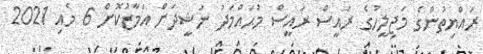
ރައްޔިތުންގެ މަޖިލީހުގެ ރައީސް ރައީސް މުޙައްމަދު ނަޝީދަށް އަމާޒުކޮށް 6 މެއި 2021